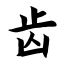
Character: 齿